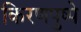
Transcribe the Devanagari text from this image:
किरणपुष्पे